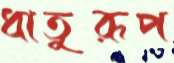
ধাতুরূপ